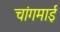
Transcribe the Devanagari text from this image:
चांगमाई